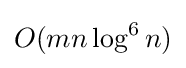
O(mn\log ^{6}n)